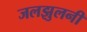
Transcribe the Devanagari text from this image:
जलझुलनी